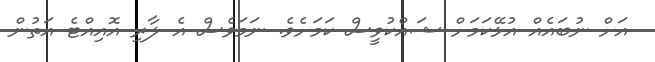
އަށް ނުބައެއް އުޅޭކަމަށް ޝައްކުވީސް ކަމަށެވެ. ނަމަވެސް އެ ލާރި އޮއިއްޓެ އަތުން